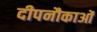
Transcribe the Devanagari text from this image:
दीपनौकाओं